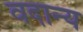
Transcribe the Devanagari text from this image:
वदान्य